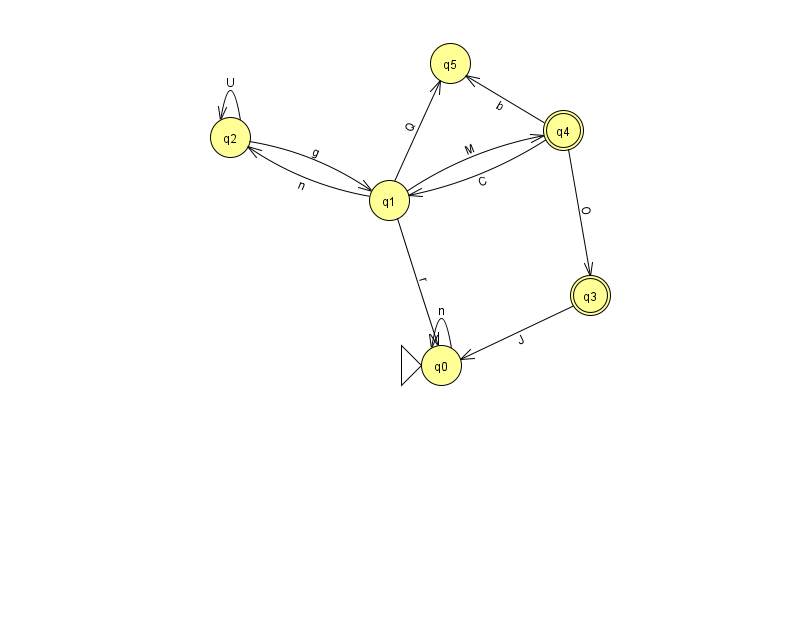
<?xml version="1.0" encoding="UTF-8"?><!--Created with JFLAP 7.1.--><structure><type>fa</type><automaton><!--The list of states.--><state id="0" name="q0"><x>441.0</x><y>352.0</y><initial/></state><state id="1" name="q1"><x>389.0</x><y>187.0</y></state><state id="2" name="q2"><x>230.0</x><y>124.0</y></state><state id="3" name="q3"><x>590.0</x><y>282.0</y><final/></state><state id="4" name="q4"><x>563.0</x><y>117.0</y><final/></state><state id="5" name="q5"><x>450.0</x><y>50.0</y></state><!--The list of transitions.--><transition><from>1</from><to>5</to><read>Q</read></transition><transition><from>3</from><to>0</to><read>J</read></transition><transition><from>4</from><to>1</to><read>C</read></transition><transition><from>4</from><to>5</to><read>b</read></transition><transition><from>2</from><to>2</to><read>U</read></transition><transition><from>1</from><to>2</to><read>n</read></transition><transition><from>4</from><to>3</to><read>O</read></transition><transition><from>1</from><to>4</to><read>M</read></transition><transition><from>1</from><to>0</to><read>r</read></transition><transition><from>0</from><to>0</to><read>n</read></transition><transition><from>2</from><to>1</to><read>g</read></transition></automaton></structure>